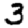
Digit: 3